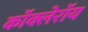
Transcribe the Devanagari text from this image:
कॉक्लेरॉय